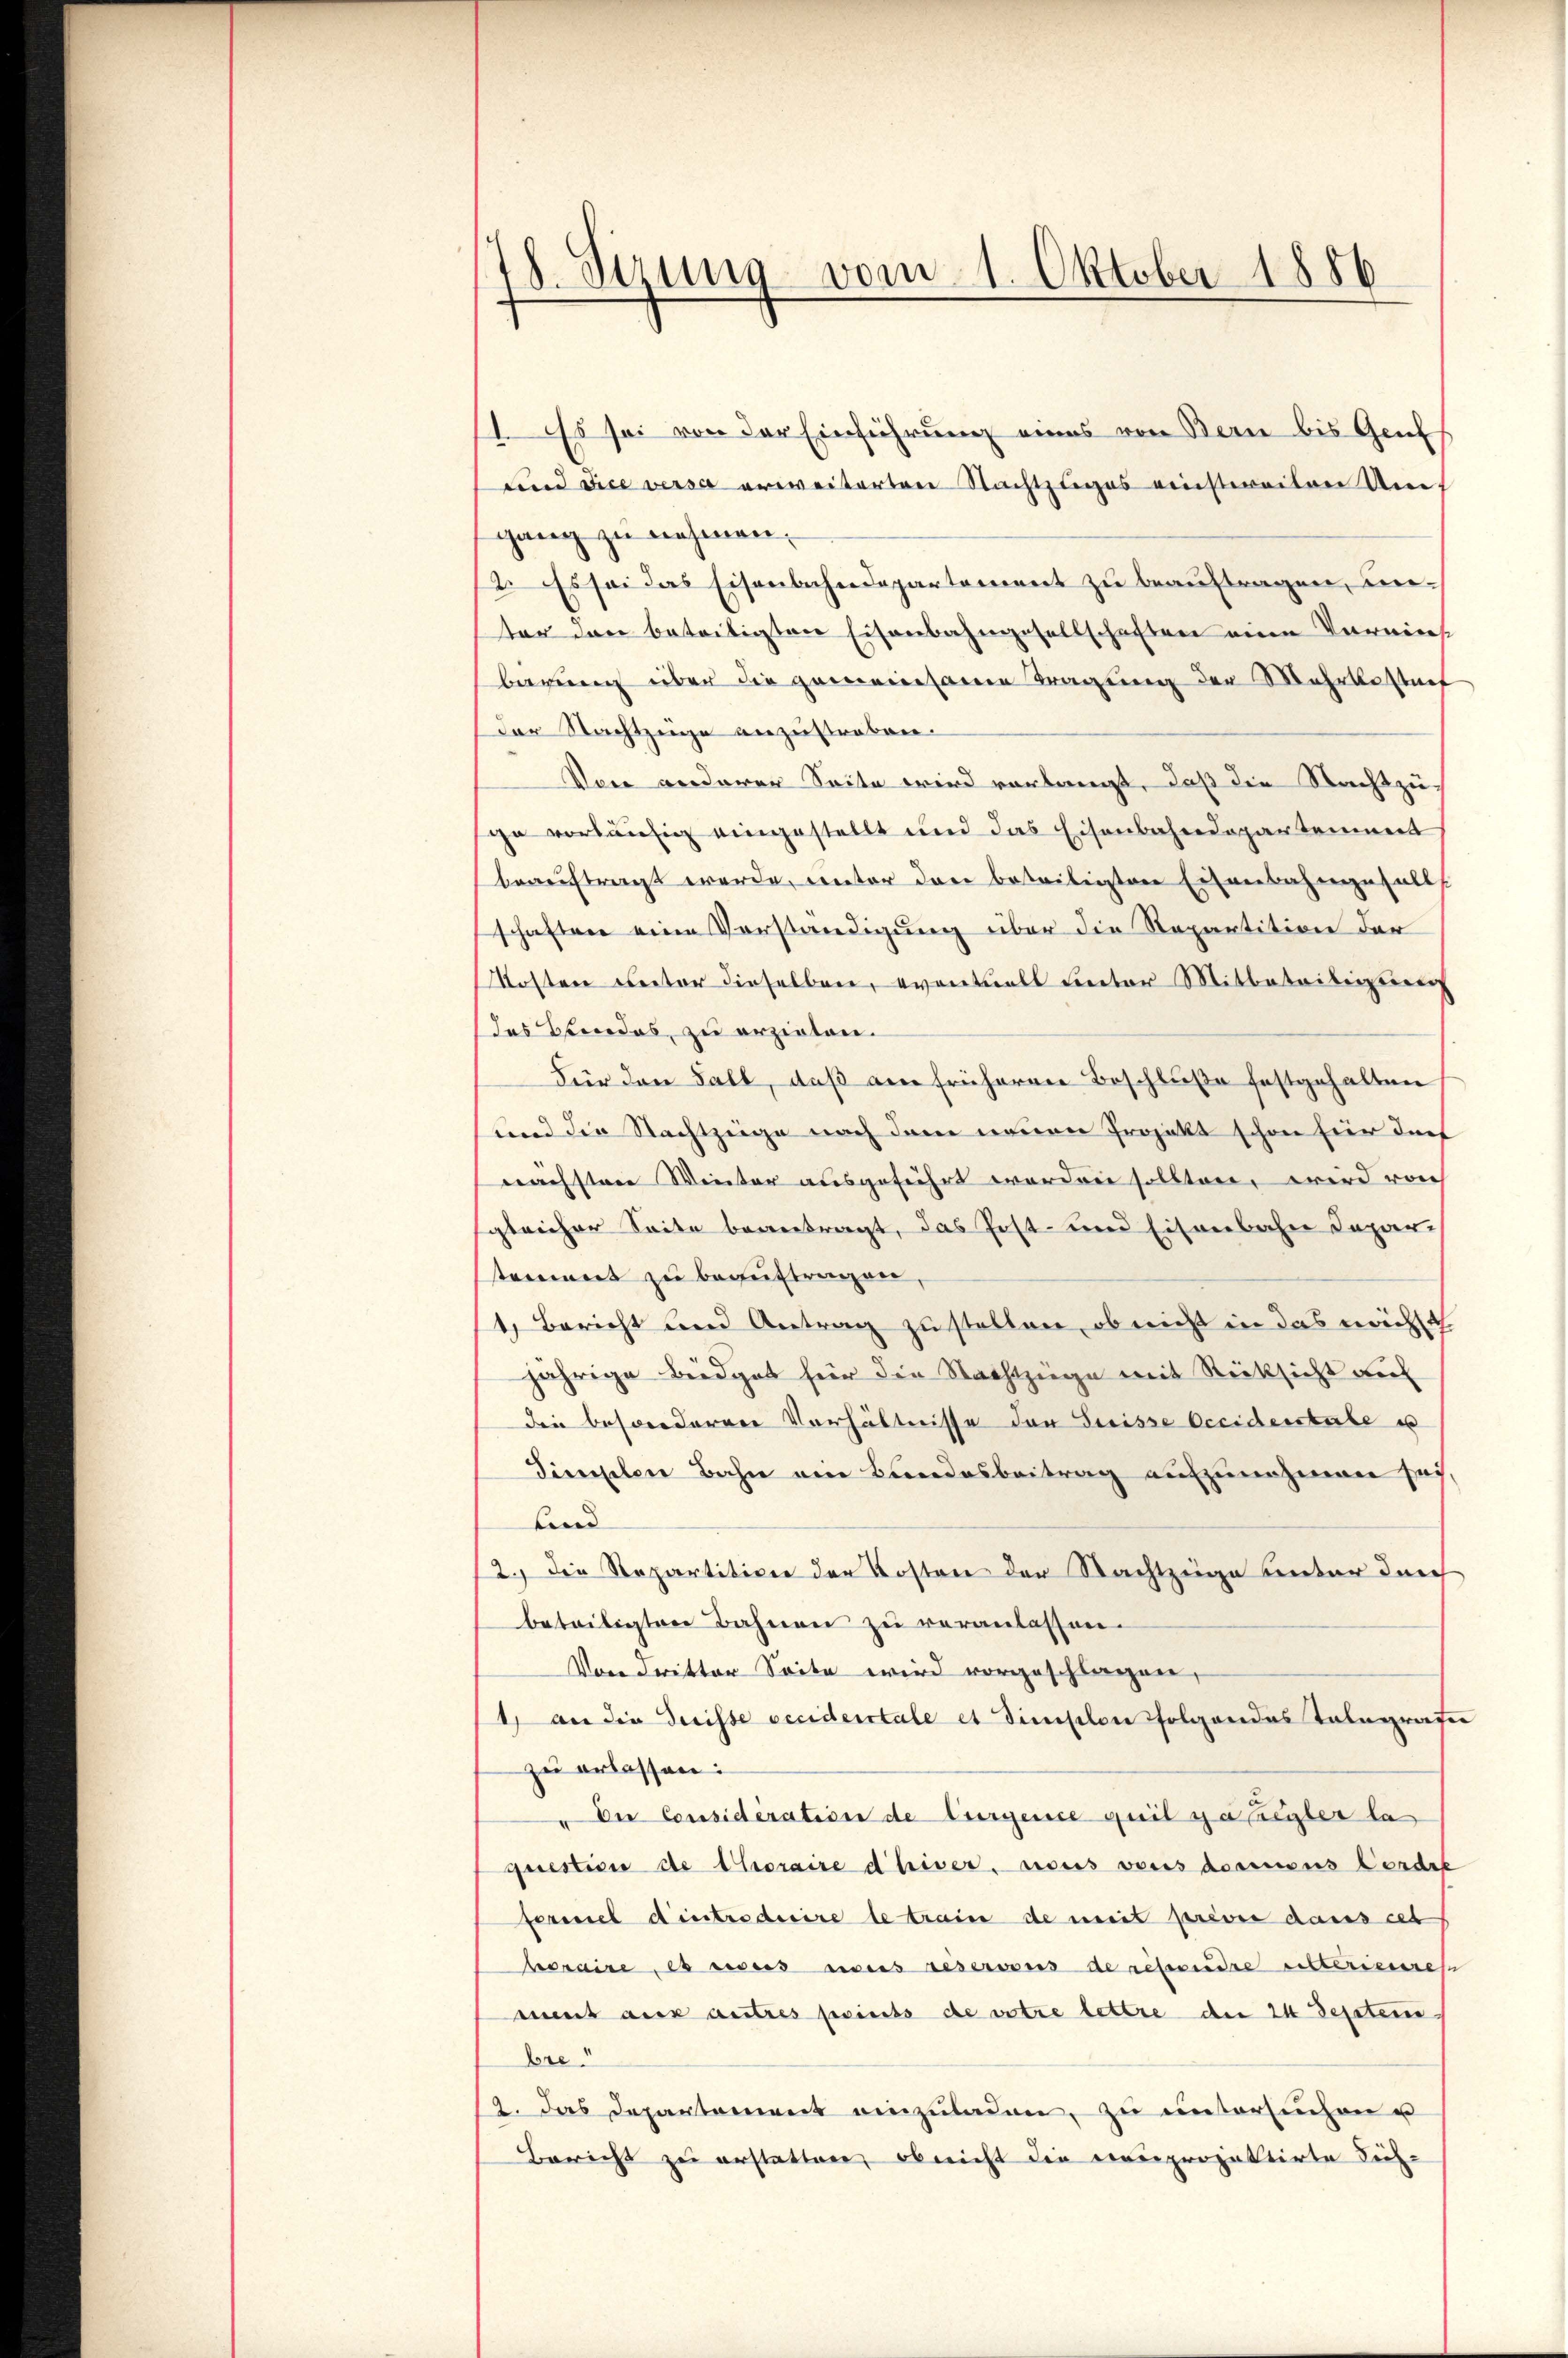
18. Sizung vom 1. Oktober 1886

1. Es sei von der Einführung eines von Bern bis Genf
und dice verse erweiterten Nachtzuges einstweilen Umf
gang zu nehmen,
2. Es sei das Eisenbahndepartement zu beauftragen, unter den beteiligten Eisenbahngesellschaften eine Vorwies
barung über die gemeinsame Tragung der Mehrkostnet
der Nachtzeige anzustreben.
Von anderer Seite wird vorlangt, daß die Nachtzuia vorläufig eingestellt und das Eisenbahndepartement
beauftragt werde, rector der beteiligten Eisenbahngefalls
schaften eine Vorständigung über die Repartition der
Kosten Rector dieselben, eventuell unter Mitbeteiligung
das Brandes, zu erzielen.
Für den Fall, daß am früheren Beschluße festgehalten
und die Nachtzeige nach dem neuen Projekt schon für durf
nächstere Weiter ausgeführt worden sollten, wird roch
sgleicher Seite beantragt, das Post- und Eisenbahn Japar-
tement zu beauftragen,
1, Bericht und Antrag zu stellen, ob nicht in das nicht
jährige Büdget für die Nachtzüge mit Rücksicht auf
die besonderner Verhältnisse der Preisse Occidenstale es
Tieseler Bahn ein Bundesbeitrag aufzunehmen sei,
Lind
2.) Die Repartition der Kosten der Nachtzuge unter durch
beteiligten Bahnen zu veranlassen.
Von dritter Seite wird vorgeschlagen,
1) an die Duisse occideritale et dimistlon folgendes Telegrafe
zu erlassen:
" Der Considération de Curgence quil y a liegler la
question de Choraire diver, nous vers docensus Cordel
fermel dintroduire le train de mit priver dans cet
horaire es sicus weis reservens de respondre visterienres
ment aux autres points de votre lettre der 24 dessten
Bre
2. Das Departement einzŭladen, zu untersuchen u
Bericht zu erstatten, ob nicht die neuprojektirte Sich-